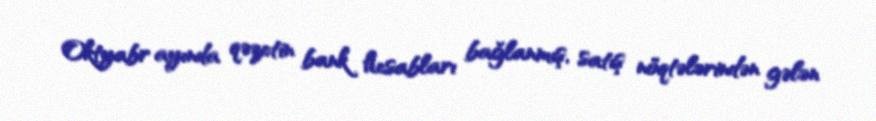
Oktyabr ayında qəzetin bank hesabları bağlanmış, satış nöqtələrindən gələn